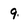
Character: 9